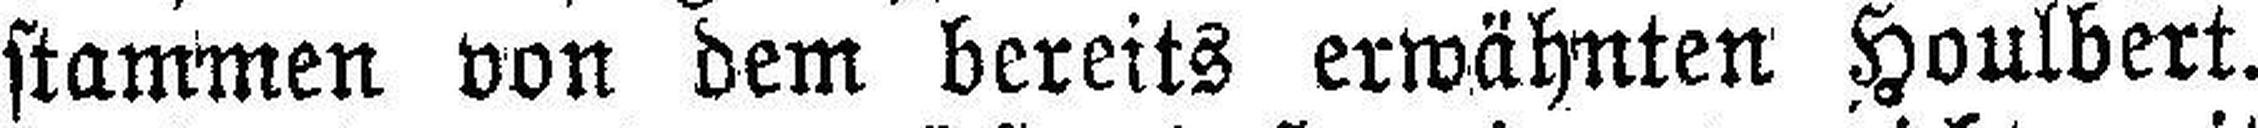
stammen von dem bereits erwähnten Houlbert.